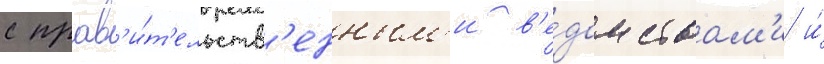
с прав'и́т'ельств'енным'и в'е́домствам'и и́